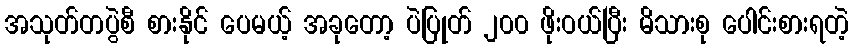
အသုတ်တပွဲစီ စားနိုင် ပေမယ့် အခုတော့ ပဲပြုတ် ၂၀၀ ဖိုးဝယ်ပြီး မိသားစု ပေါင်းစားရတဲ့